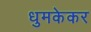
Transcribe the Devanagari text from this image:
धुमकेकर